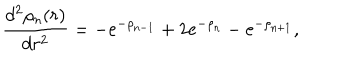
\frac { d ^ { 2 } \rho _ { n } ( r ) } { d r ^ { 2 } } = - \mathrm { e } ^ { - \rho _ { n - 1 } } + 2 \mathrm { e } ^ { - \rho _ { n } } - \mathrm { e } ^ { - \rho _ { n + 1 } } ,